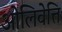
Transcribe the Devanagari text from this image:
ओलिवेत्ति